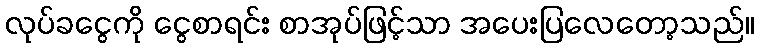
လုပ်ခငွေကို ငွေစာရင်း စာအုပ်ဖြင့်သာ အပေးပြလေတော့သည်။